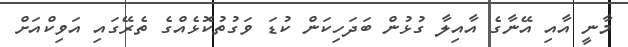
މާނީ އާއި އޭނާގެ އާއިލާ ގުޅުން ބަދަހިކަން ކުޑަ ވަގުތުކޮޅެއްގެ ތެރޭގައި އަވިކްއަށް